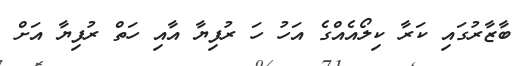
ބާޒާރުގައި ކަރާ ކިލޯއެއްގެ އަހު ހަ ރުފިޔާ އާއި ހަތް ރުފިޔާ އަށް